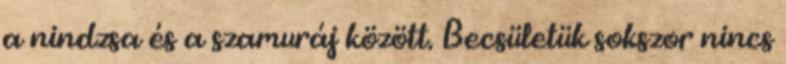
a nindzsa és a szamuráj között. Becsületük sokszor nincs